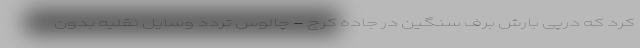
کرد که درپی بارش برف سنگین در جاده کرج - چالوس تردد وسایل نقلیه بدون